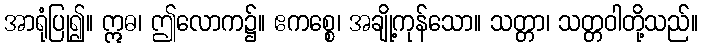
အာရုံပြု၍။ ဣဓ၊ ဤလောက၌။ ဧကစ္စေ၊ အချို့ကုန်သော။ သတ္တာ၊ သတ္တဝါတို့သည်။